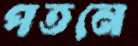
পতনে